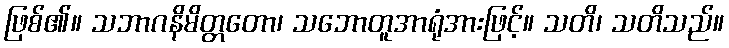
ဖြစ်၏။ သဘာဂနိမိတ္တတော၊ သဘောတူအာရုံအားဖြင့်။ သတိ၊ သတိသည်။